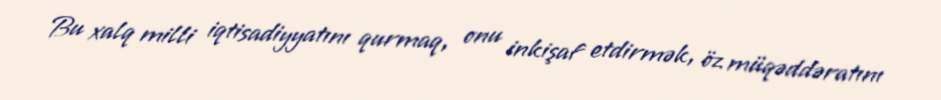
Bu xalq milli iqtisadiyyatını qurmaq, onu inkişaf etdirmək, öz müqəddəratını